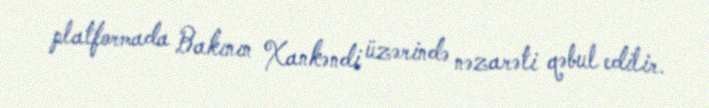
platformada Bakının Xankəndi üzərində nəzarəti qəbul edilir.